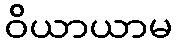
ဝိယာယာမ